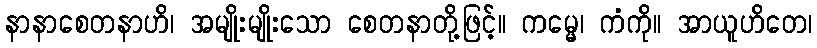
နာနာစေတနာဟိ၊ အမျိုးမျိုးသော စေတနာတို့ဖြင့်။ ကမ္မေ၊ ကံကို။ အာယူဟိတေ၊